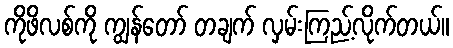
ကိုဖိလစ်ကို ကျွန်တော် တချက် လှမ်းကြည့်လိုက်တယ်။